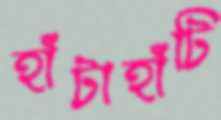
হাঁটাহাঁটি